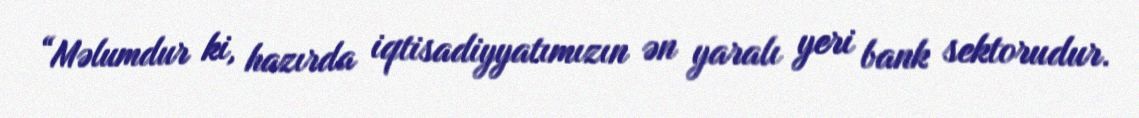
“Məlumdur ki, hazırda iqtisadiyyatımızın ən yaralı yeri bank sektorudur.